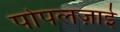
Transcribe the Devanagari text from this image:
पोपलज़ाई